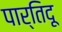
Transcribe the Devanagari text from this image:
पार्तिदू